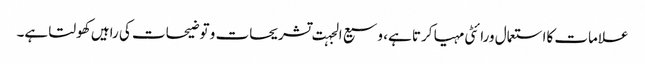
علامات کااستعمال ورائٹی مہیا کرتا ہے، وسیع الجہت تشریحات و توضیحات کی راہیں کھولتا ہے۔